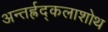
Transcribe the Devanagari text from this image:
अन्तर्ह्रद्कलाशोथ